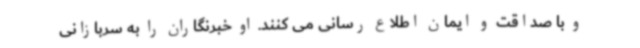
و با صداقت و ایمان‌ اطلاع رسانی می کنند. او خبرنگاران را به سربازانی